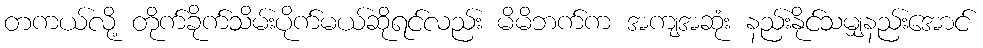
တကယ်လို့ တိုက်ခိုက်သိမ်းပိုက်မယ်ဆိုရင်လည်း မိမိဘက်က အကျအဆုံး နည်းနိုင်သမျှနည်းအောင်